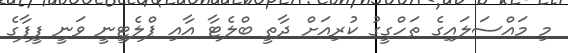
މި މައްސަލައިގެ ތަހްގީގު ކުރިއަށް ދާތީ ބްލެޓާ އާއި ޕްލެޓީނީ ވަނީ ފީފާގެ